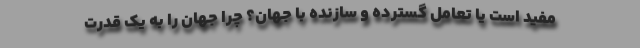
مفید است یا تعامل گسترده و سازنده با جهان؟ چرا جهان را به یک قدرت